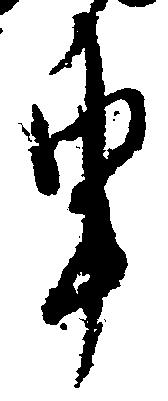
申